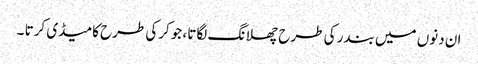
ان دنوں میں بندر کی طرح چھلانگ لگاتا ، جوکرکی طرح کامیڈی کرتا ۔